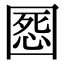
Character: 𡈒